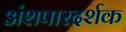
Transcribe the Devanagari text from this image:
अंशपारदर्शक